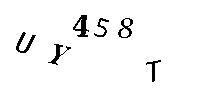
UY458T